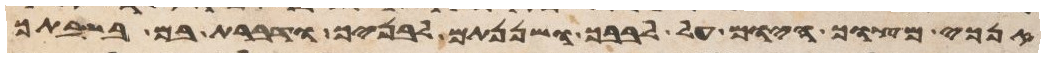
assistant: אנכי מצוך היום על לבבך ושננתם לבניך ודברת בם בשבתך